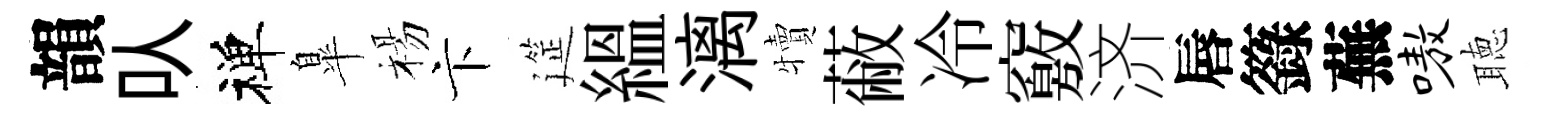
韻㕥禅臯楊卞筵緼漓犢蔽冷竅济唇籙蕪嗷聴